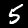
Digit: 5